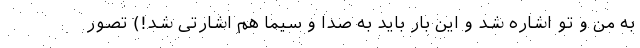
به من و تو اشاره شد و این بار باید به صدا و سیما هم اشارتی شد!) تصور